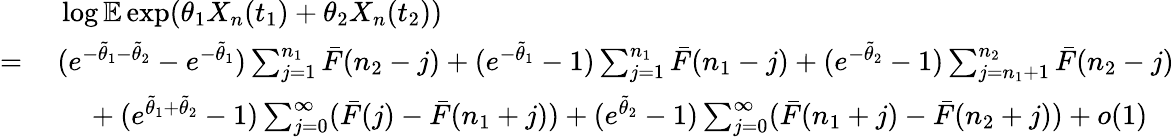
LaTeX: \begin{array}{rl}&{~\log\mathbb{E}\exp(\theta_{1}X_{n}(t_{1})+\theta_{2}X_{n}(t_{2}))}\\ {=}&{~(e^{-\tilde{\theta}_{1}-\tilde{\theta}_{2}}-e^{-\tilde{\theta}_{1}})\sum_{j=1}^{n_{1}}\bar{F}(n_{2}-j)+(e^{-\tilde{\theta}_{1}}-1)\sum_{j=1}^{n_{1}}\bar{F}(n_{1}-j)+(e^{-\tilde{\theta}_{2}}-1)\sum_{j=n_{1}+1}^{n_{2}}\bar{F}(n_{2}-j)}\\ &{~~~~~+(e^{\tilde{\theta}_{1}+\tilde{\theta}_{2}}-1)\sum_{j=0}^{\infty}(\bar{F}(j)-\bar{F}(n_{1}+j))+(e^{\tilde{\theta}_{2}}-1)\sum_{j=0}^{\infty}(\bar{F}(n_{1}+j)-\bar{F}(n_{2}+j))+o(1)}\end{array}